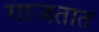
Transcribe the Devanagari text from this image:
गाजतात